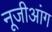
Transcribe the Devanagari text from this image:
नूजीआंग